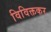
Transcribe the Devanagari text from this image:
विविक्तकर